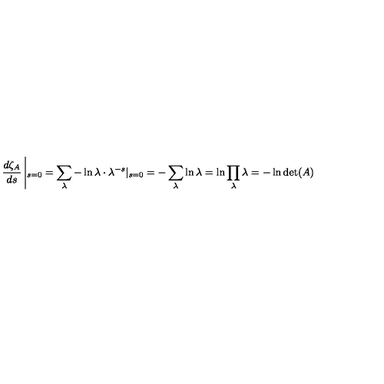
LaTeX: \frac { d \zeta _ { A } } { d s } \left| _ { s = 0 } = \sum _ { \lambda } - \ln \lambda \cdot \lambda ^ { - s } | _ { s = 0 } = - \sum _ { \lambda } \ln \lambda = \ln \prod _ { \lambda } \lambda = - \ln \det ( A ) \right.